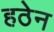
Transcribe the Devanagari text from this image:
हठेन